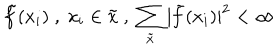
\tilde { f } ( x _ { i } ) \; , \; x _ { i } \in \tilde { x } \; , \; \sum _ { \tilde { x } } | \tilde { f } ( x _ { i } ) | ^ { 2 } < \infty